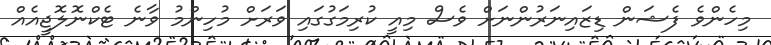
މިހެންވެ ފެޝަން ޑިޒައިނަރުންނަށް ވެސް މިއީ ކުރިމަގުގައި ވަރަށް މުހިންމު ވާނެ ޓެކްނޮލޮޖީއެއް